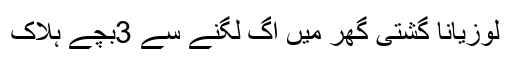
لوزیانا گشتی گھر میں آگ لگنے سے 3بچے ہلاک